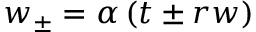
w _ { \pm } = \alpha \left( t \pm r w \right)